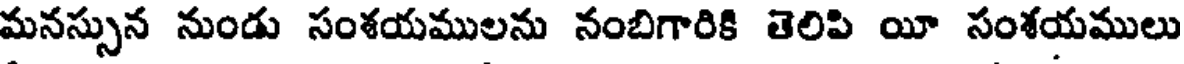
మనస్సున నుండు సంశయములను నంబిగారికి తెలిపి యీ సంశయములు